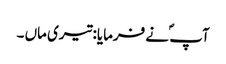
آپ ؐ نے فرمایا: تیری ماں ۔